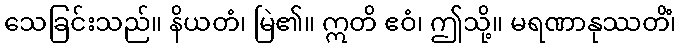
သေခြင်းသည်။ နိယတံ၊ မြဲ၏။ ဣတိ ဧဝံ၊ ဤသို့။ မရဏာနုဿတိံ၊